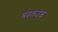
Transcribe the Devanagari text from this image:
मतलउल